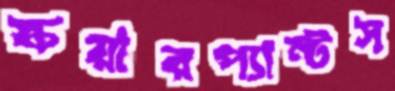
স্কয়ারপ্যান্টস